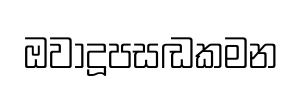
ඔවාදූපසඬකමන